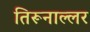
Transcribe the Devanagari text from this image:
तिरूनाल्लर